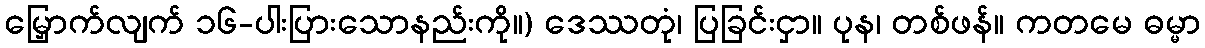
မြှောက်လျက် ၁၆-ပါးပြားသောနည်းကို။) ဒေဿတုံ၊ ပြခြင်းငှာ။ ပုန၊ တစ်ဖန်။ ကတမေ ဓမ္မာ